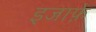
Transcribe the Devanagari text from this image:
इजाफ़े